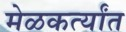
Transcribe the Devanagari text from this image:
मेळकर्त्यांत